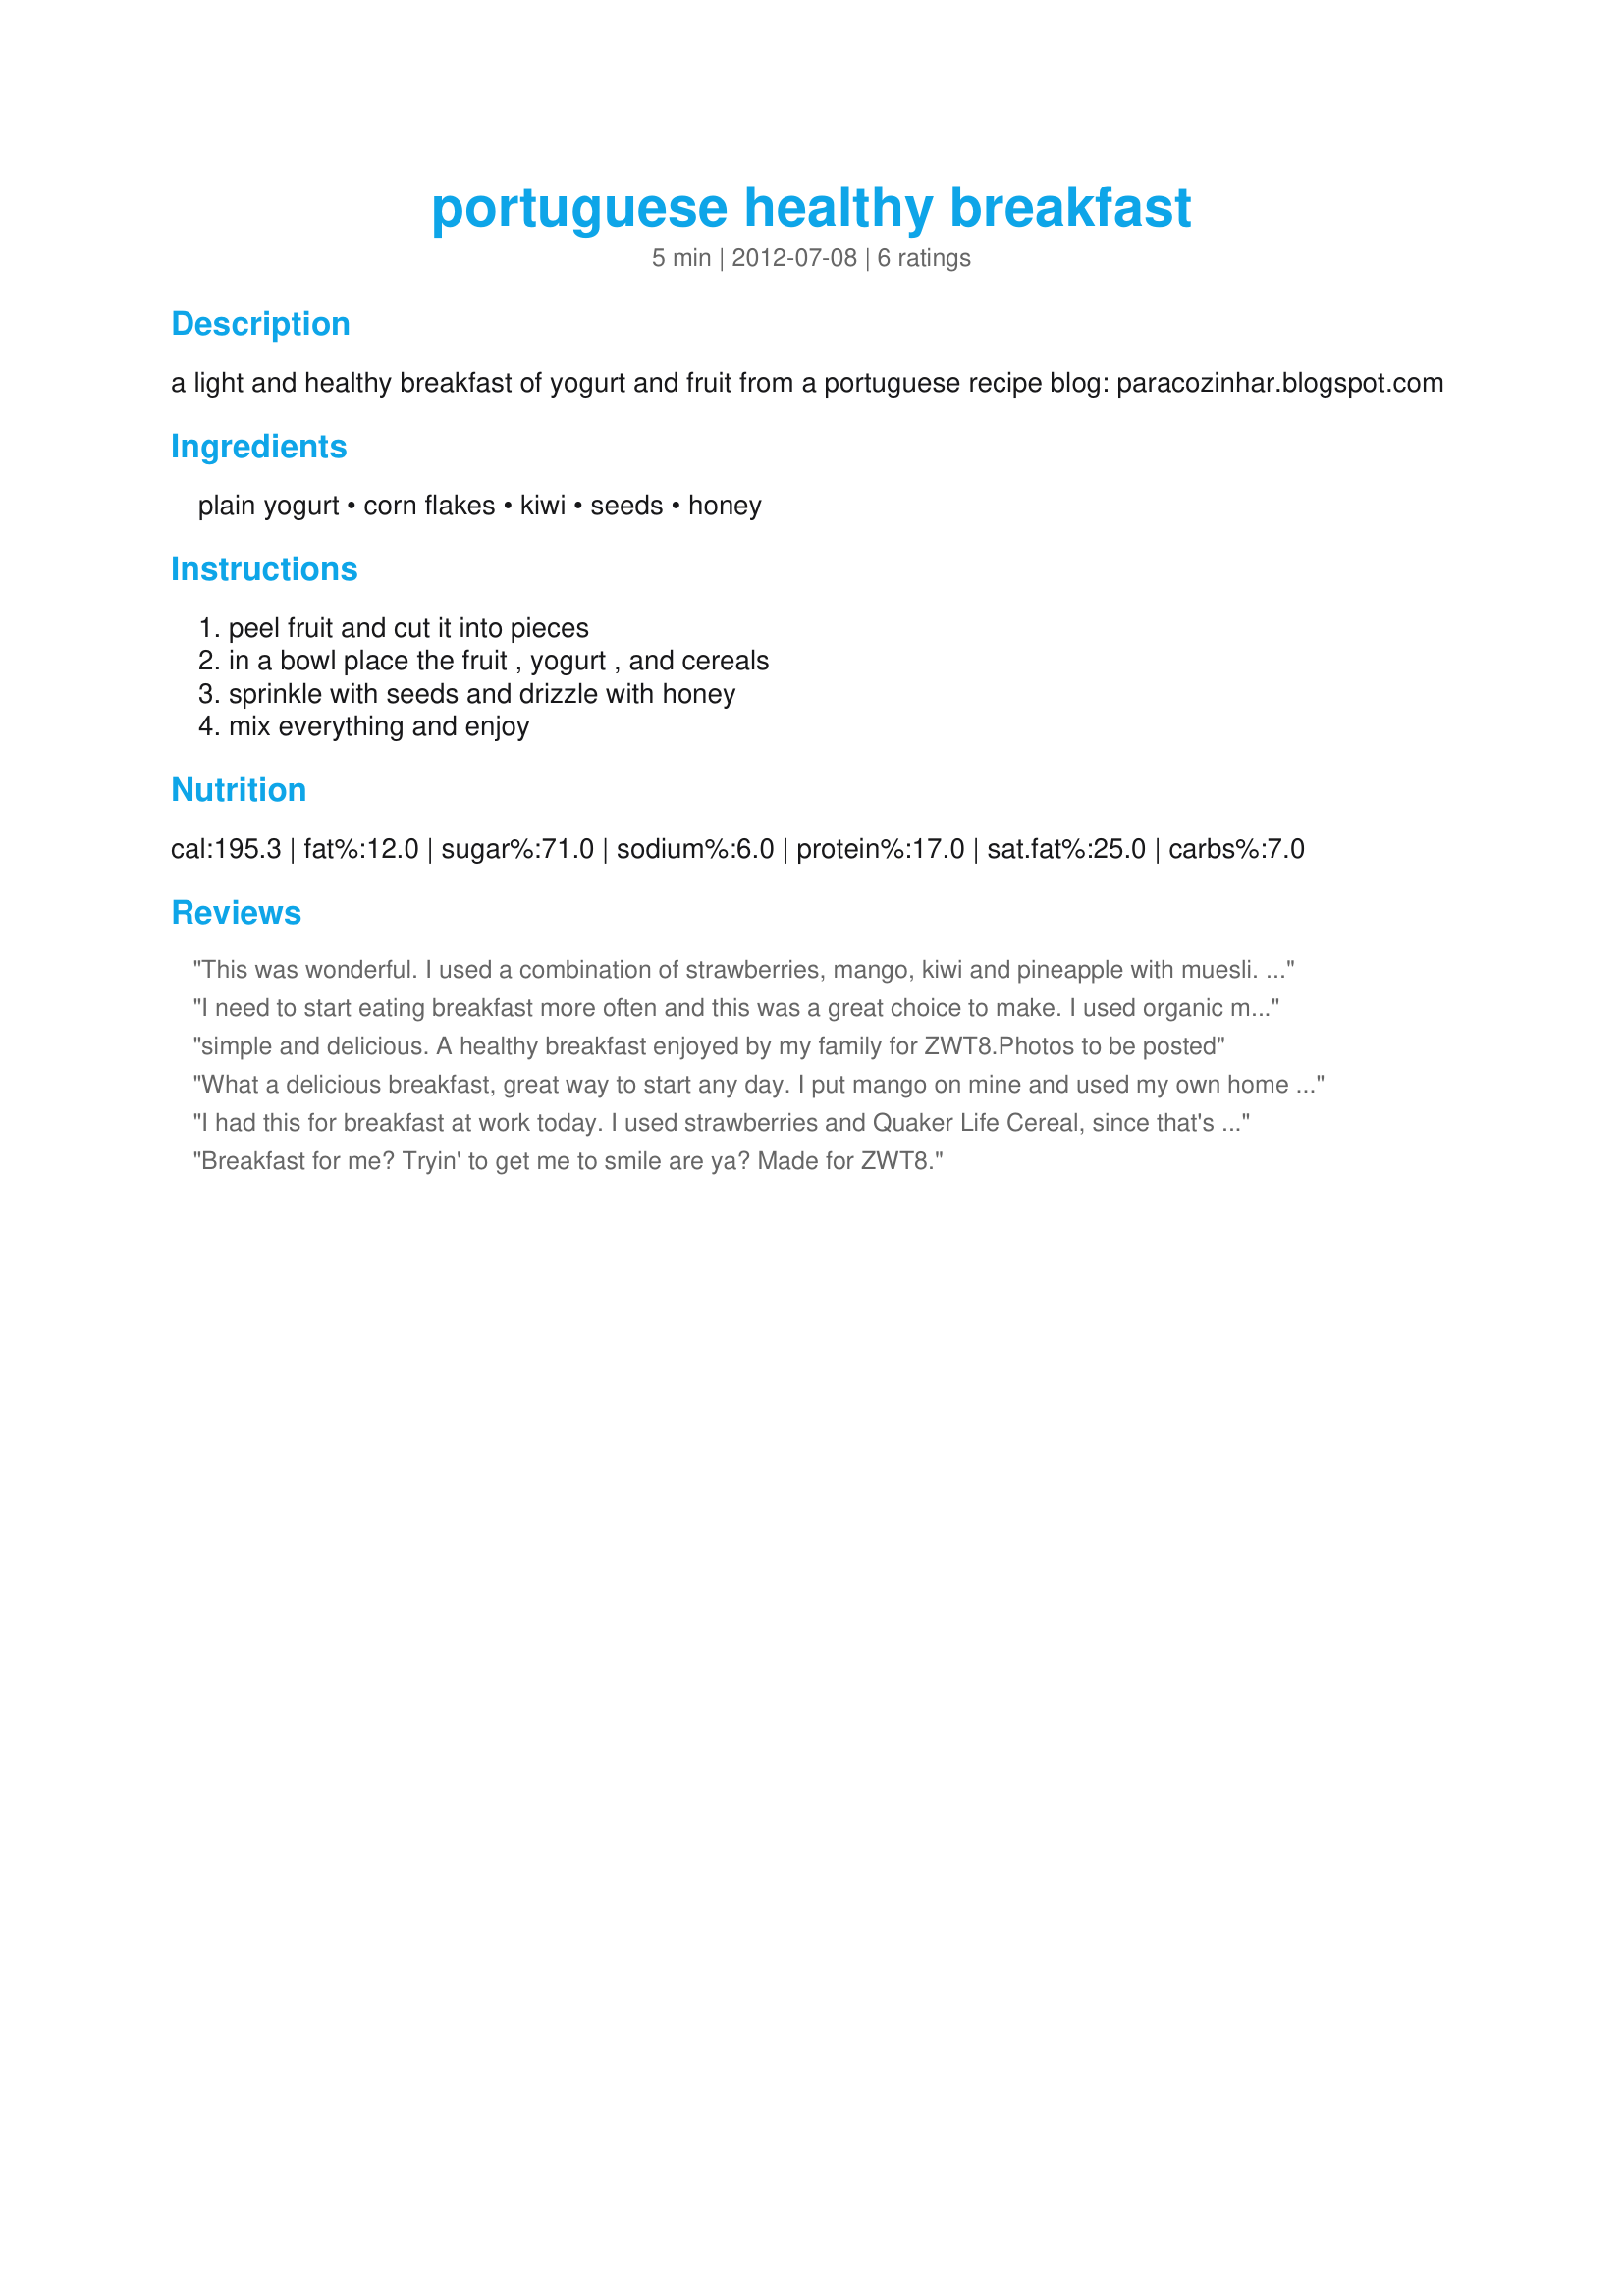
portuguese healthy breakfast
Preparation time: 5 minutes

a light and healthy breakfast of yogurt and fruit from a portuguese recipe blog: paracozinhar.blogspot.com

Ingredients:
plain yogurt, corn flakes, kiwi, seeds, honey

Steps:
peel fruit and cut it into pieces, in a bowl place the fruit , yogurt , and cereals, sprinkle with seeds and drizzle with honey, mix everything and enjoy

Reviews:
This was wonderful. I used a combination of strawberries, mango, kiwi and pineapple with muesli. Delicious! Made for ZWT8 for the Diners, Winers and Chives team.
I need to start eating breakfast more often and this was a great choice to make. I used organic muesli, strawberry and kiwi, with sunflower seeds. Creamy and crunchy with the freshness from the fruit made for a wonderful morning meal. Made and reviewed for ZWT 8 - 2012 The Fearless Red Dragons.
simple and delicious. A healthy breakfast enjoyed by my family for ZWT8.Photos to be posted
What a delicious breakfast, great way to start any day. I put mango on mine and used my own home constructed muesli. Made for ZWT 8.
I had this for breakfast at work today. I used strawberries and Quaker Life Cereal, since that's the cereal I had on hand. Made for ZWT8.
Breakfast for me? Tryin' to get me to smile are ya? Made for ZWT8.
